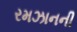
રમઝાનની